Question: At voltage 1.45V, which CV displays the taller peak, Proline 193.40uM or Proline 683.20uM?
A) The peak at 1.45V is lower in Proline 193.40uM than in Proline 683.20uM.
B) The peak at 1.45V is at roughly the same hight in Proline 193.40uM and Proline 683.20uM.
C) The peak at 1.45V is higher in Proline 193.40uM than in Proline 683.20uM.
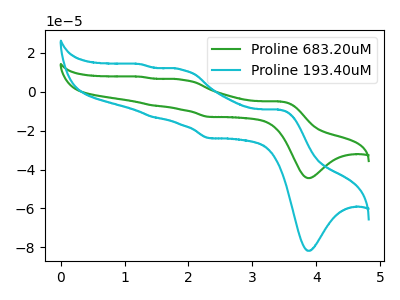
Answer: <think>The green curve "Proline 683.20uM" has anodic peaks at (3.45V, -5.05uA) (1.90V, 6.10uA) (1.45V, -7.10uA) (1.25V, 7.65uA) and cathodic peaks at (3.90V, -44.40uA) (2.30V, -12.95uA). The cyan curve "Proline 193.40uM" has anodic peaks at (3.45V, -9.30uA) (1.90V, 11.25uA) (1.45V, -13.10uA) (1.25V, 14.05uA) and cathodic peaks at (3.90V, -81.70uA) (2.30V, -23.85uA).</think>
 <answer>A) The peak at 1.45V is lower in "Proline 193.40uM" than in "Proline 683.20uM".</answer>
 <eval>A</eval>